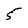
Character: 5